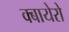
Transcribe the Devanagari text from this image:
क्बायेरो